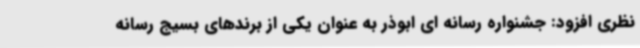
نظری افزود: جشنواره رسانه ای ابوذر به عنوان یکی از برندهای بسیج رسانه